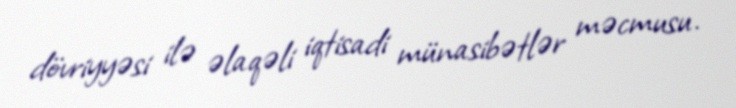
dövriyyəsi ilə əlaqəli iqtisadi münasibətlər məcmusu.